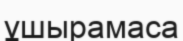
ұшырамаса